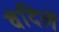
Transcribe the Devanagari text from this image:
वंदिलें